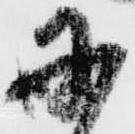
に